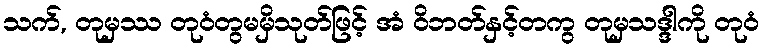
သက်, တုမှဿ တုဝံတွမမှိသုတ်ဖြင့် အံ ဝိဘတ်နှင့်တကွ တုမှသဒ္ဒါကို တုဝံ